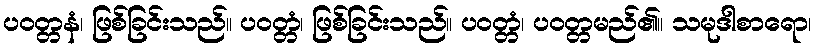
ပဝတ္တနံ၊ ဖြစ်ခြင်းသည်။ ပဝတ္တံ၊ ဖြစ်ခြင်းသည်။ ပဝတ္တံ၊ ပဝတ္တမည်၏။ သမုဒါစာရော၊